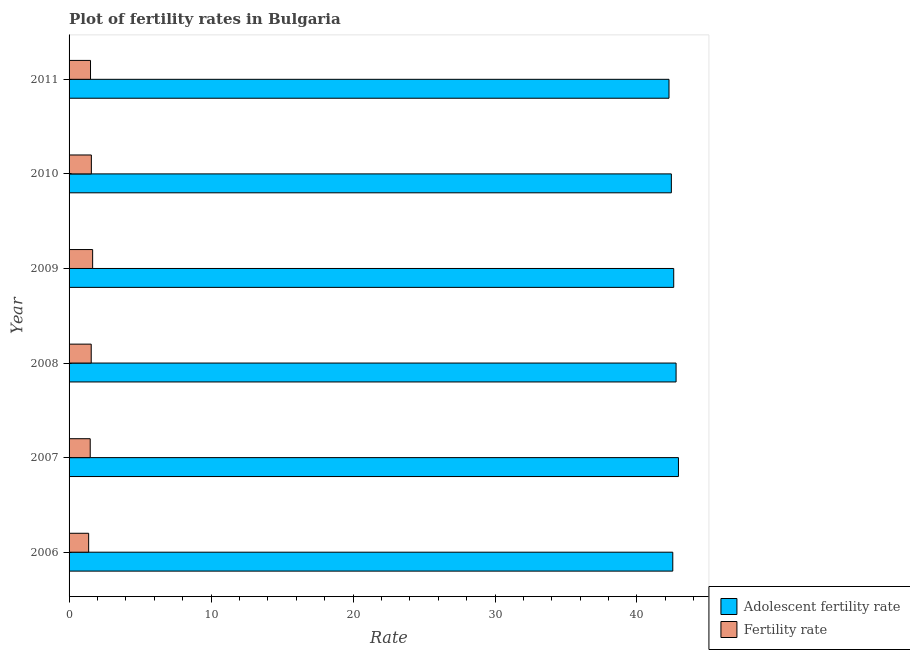
| Year | Adolescent fertility rate | Fertility rate |
 | --- | --- | --- |
 | 2006 | 42.5 | 1.38 |
 | 2007 | 42.9 | 1.49 |
 | 2008 | 42.8 | 1.56 |
 | 2009 | 42.6 | 1.66 |
 | 2010 | 42.4 | 1.57 |
 | 2011 | 42.3 | 1.51 |